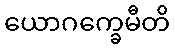
ယောဂက္ခေမီတိ